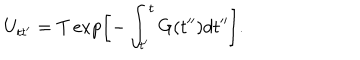
U _ { t t ^ { \prime } } = T \exp \left[ - \int _ { t ^ { \prime } } ^ { t } G ( t ^ { \prime \prime } ) d t ^ { \prime \prime } \right] .